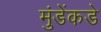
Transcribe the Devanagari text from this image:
मुंडेंकडे